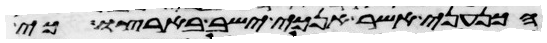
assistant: הכנעני אשר אנכי ישב בארצו כי